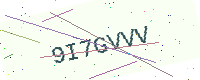
Text: 9I7GVVV